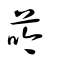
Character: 荶